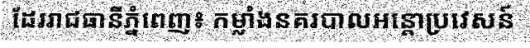
ដែររាជធានីភ្នំពេញ៖ កម្លាំងនគរបាលអន្តោប្រវេសន៍